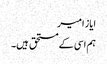
ایاز امیر
ہم اسی کے مستحق ہیں۔